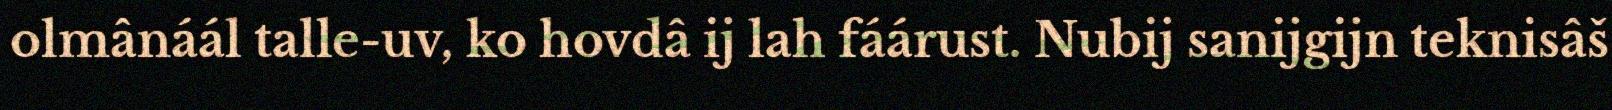
olmânáál talle-uv, ko hovdâ ij lah fáárust. Nubij sanijgijn teknisâš